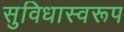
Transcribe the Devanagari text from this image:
सुविधास्वरूप